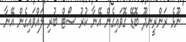
ނޫޅެ ރަންރީނދޫ ބޮޑޭ ގޮވައިގެން އޭނާ ކުރު ސޯޓް ބުރި ލައްވައިގެން އޭނާ